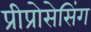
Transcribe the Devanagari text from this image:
प्रीप्रोसेसिंग